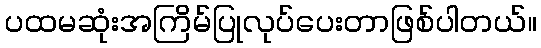
ပထမဆုံးအကြိမ်ပြုလုပ်ပေးတာဖြစ်ပါတယ်။